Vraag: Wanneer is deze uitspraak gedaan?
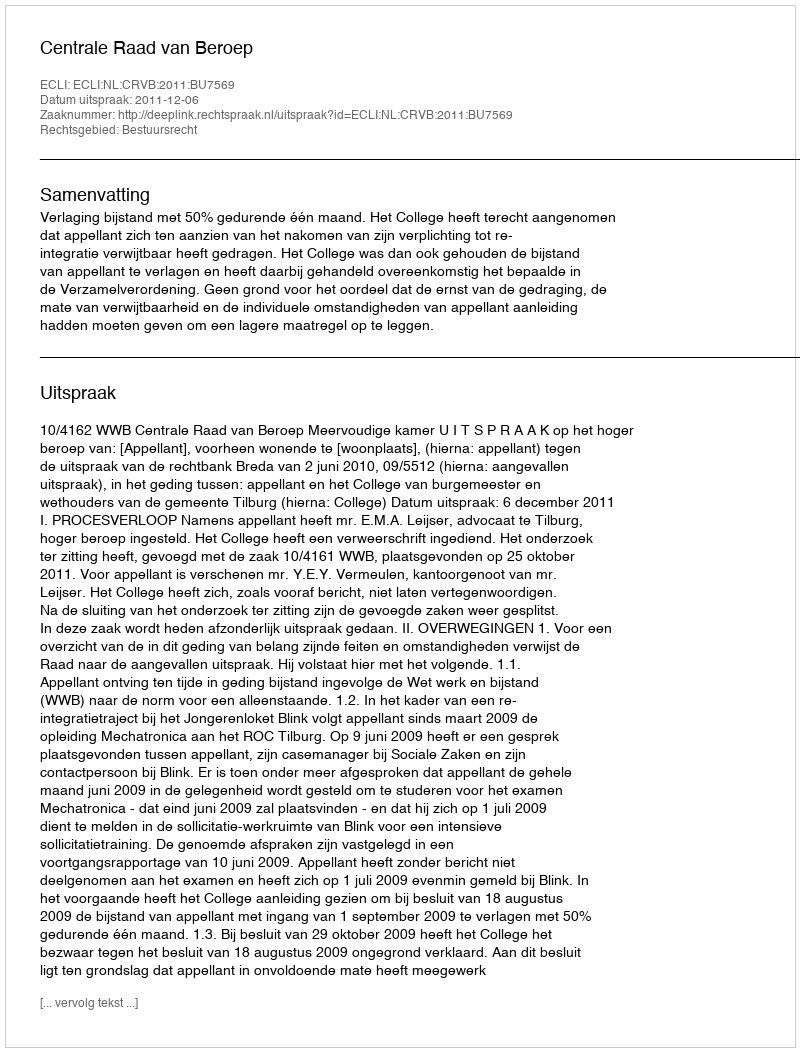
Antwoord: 2011-12-06